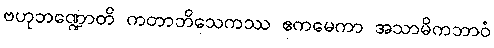
ဗဟုဘဏ္ဍောတိ ကတာဘိသေကဿ ဧကမေကာ အသာမိကဘာဝံ